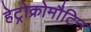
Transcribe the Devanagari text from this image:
हेट्रोक्रोमौटिन